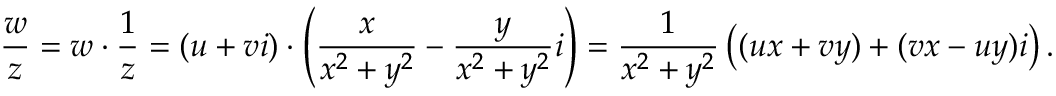
{ \frac { w } { z } } = w \cdot { \frac { 1 } { z } } = ( u + v i ) \cdot \left( { \frac { x } { x ^ { 2 } + y ^ { 2 } } } - { \frac { y } { x ^ { 2 } + y ^ { 2 } } } i \right) = { \frac { 1 } { x ^ { 2 } + y ^ { 2 } } } \left( ( u x + v y ) + ( v x - u y ) i \right) .